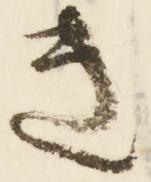
き